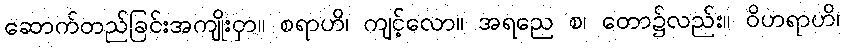
ဆောက်တည်ခြင်းအကျိုးငှာ။ စရာဟိ၊ ကျင့်လော။ အရညေ စ၊ တော၌လည်း။ ဝိဟရာဟိ၊